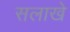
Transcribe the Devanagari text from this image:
सलाखे